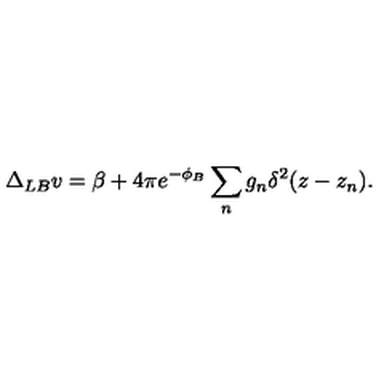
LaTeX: \Delta _ { L B } v = \beta + 4 \pi e ^ { - \phi _ { B } } \sum _ { n } g _ { n } \delta ^ { 2 } ( z - z _ { n } ) .